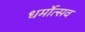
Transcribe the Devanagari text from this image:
धर्मोत्सव